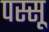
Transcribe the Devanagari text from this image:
पस्सू